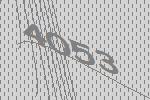
4053